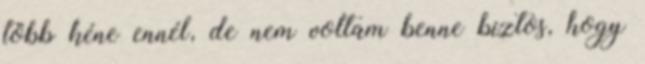
több kéne ennél, de nem voltam benne biztos, hogy